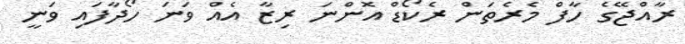
ރާއްޖޭގެ ހާފް މެެރެތަން ރެކޯޑް އޮންނަ ރިޒާ އެއް ވަނަ ހޯދާފައި ވަނީ